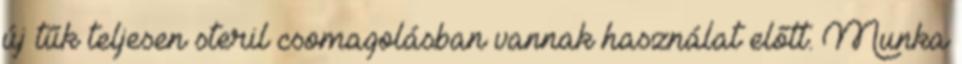
új tűk teljesen steril csomagolásban vannak használat előtt. Munka